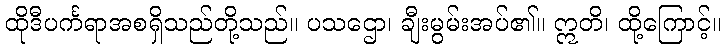
ထိုဒီပင်္ကရာအစရှိသည်တို့သည်။ ပသဌော၊ ချီးမွမ်းအပ်၏။ ဣတိ၊ ထို့ကြောင့်။